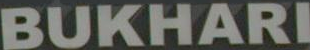
BUKHARI